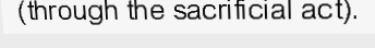
(through the sacrificial act).